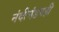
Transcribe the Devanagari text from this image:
नंदीमंडपही